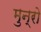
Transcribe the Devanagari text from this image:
मुन्रो